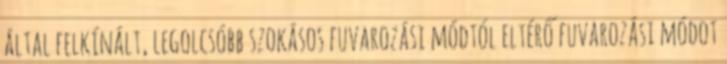
által felkínált, legolcsóbb szokásos fuvarozási módtól eltérő fuvarozási módot